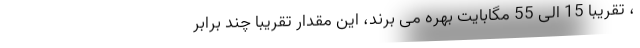
، تقریبا 15 الی 55 مگابایت بهره می برند، این مقدار تقریبا چند برابر